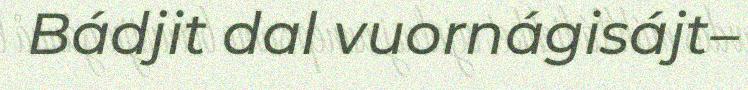
Bádjit dal vuornágisájt–